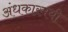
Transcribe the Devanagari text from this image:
अंधकारमयी